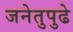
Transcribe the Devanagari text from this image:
जनेतुपुढे